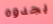
يجدوه